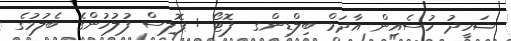
ޝަހީދު ހުސެއިން އާދަމް ބިލްޑިންގ  ފޮޓޯ : ޕޮލިސް ފުލުހުންގެ ބެލުމުގެ